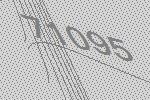
71095